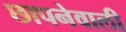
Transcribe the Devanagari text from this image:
छापनेवाली